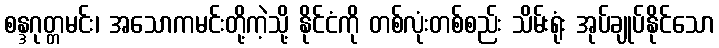
စန္ဒဂုတ္တမင်း၊ အသောကမင်းတို့ကဲ့သို့ နိုင်ငံကို တစ်လုံးတစ်စည်း သိမ်းရုံး အုပ်ချုပ်နိုင်သော